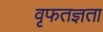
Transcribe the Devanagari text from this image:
वृफतज्ञता